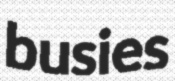
busies